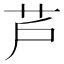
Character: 芦